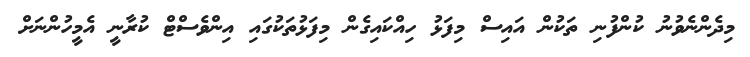
މިދެންނެވުނު ކުންފުނި ތަކުން އައިސް މިފަޅު ހިއްކައިގެން މިފަޅުތަކުގައި އިންވެސްޓް ކުރާނީ އެމީހުންނަށް